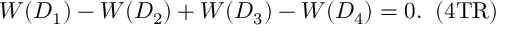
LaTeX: W ( D _ { 1 } ) - W ( D _ { 2 } ) + W ( D _ { 3 } ) - W ( D _ { 4 } ) = 0 . \; \; \mathrm { ( 4 T R ) }